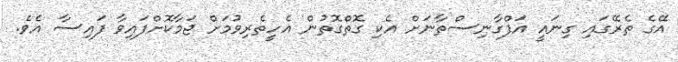
އޭގެ ތެރޭގައި ގިނައީ އަފްގާނިސްތާނަށް އެކި ގޮތްގޮތުން އެހީތެރިވުމަށް ޖަމާކޮށްފައިވާ ފައިސާ އެވެ.